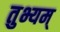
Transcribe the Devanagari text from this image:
तुभ्यम्